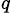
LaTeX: ^{q}